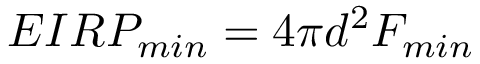
E I R P _ { m i n } = 4 \pi d ^ { 2 } F _ { m i n }